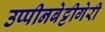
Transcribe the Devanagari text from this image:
उप्पीनबेट्टीगेरी